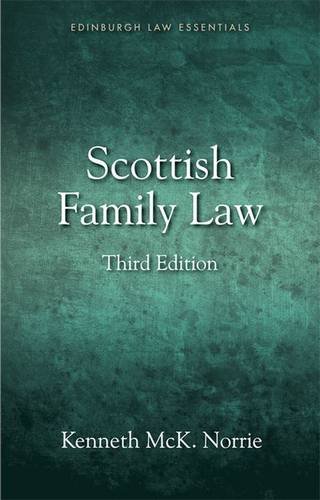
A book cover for Scottish Family Law (Edinburgh Law Essentials EUP); Kenneth Norrie; Law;